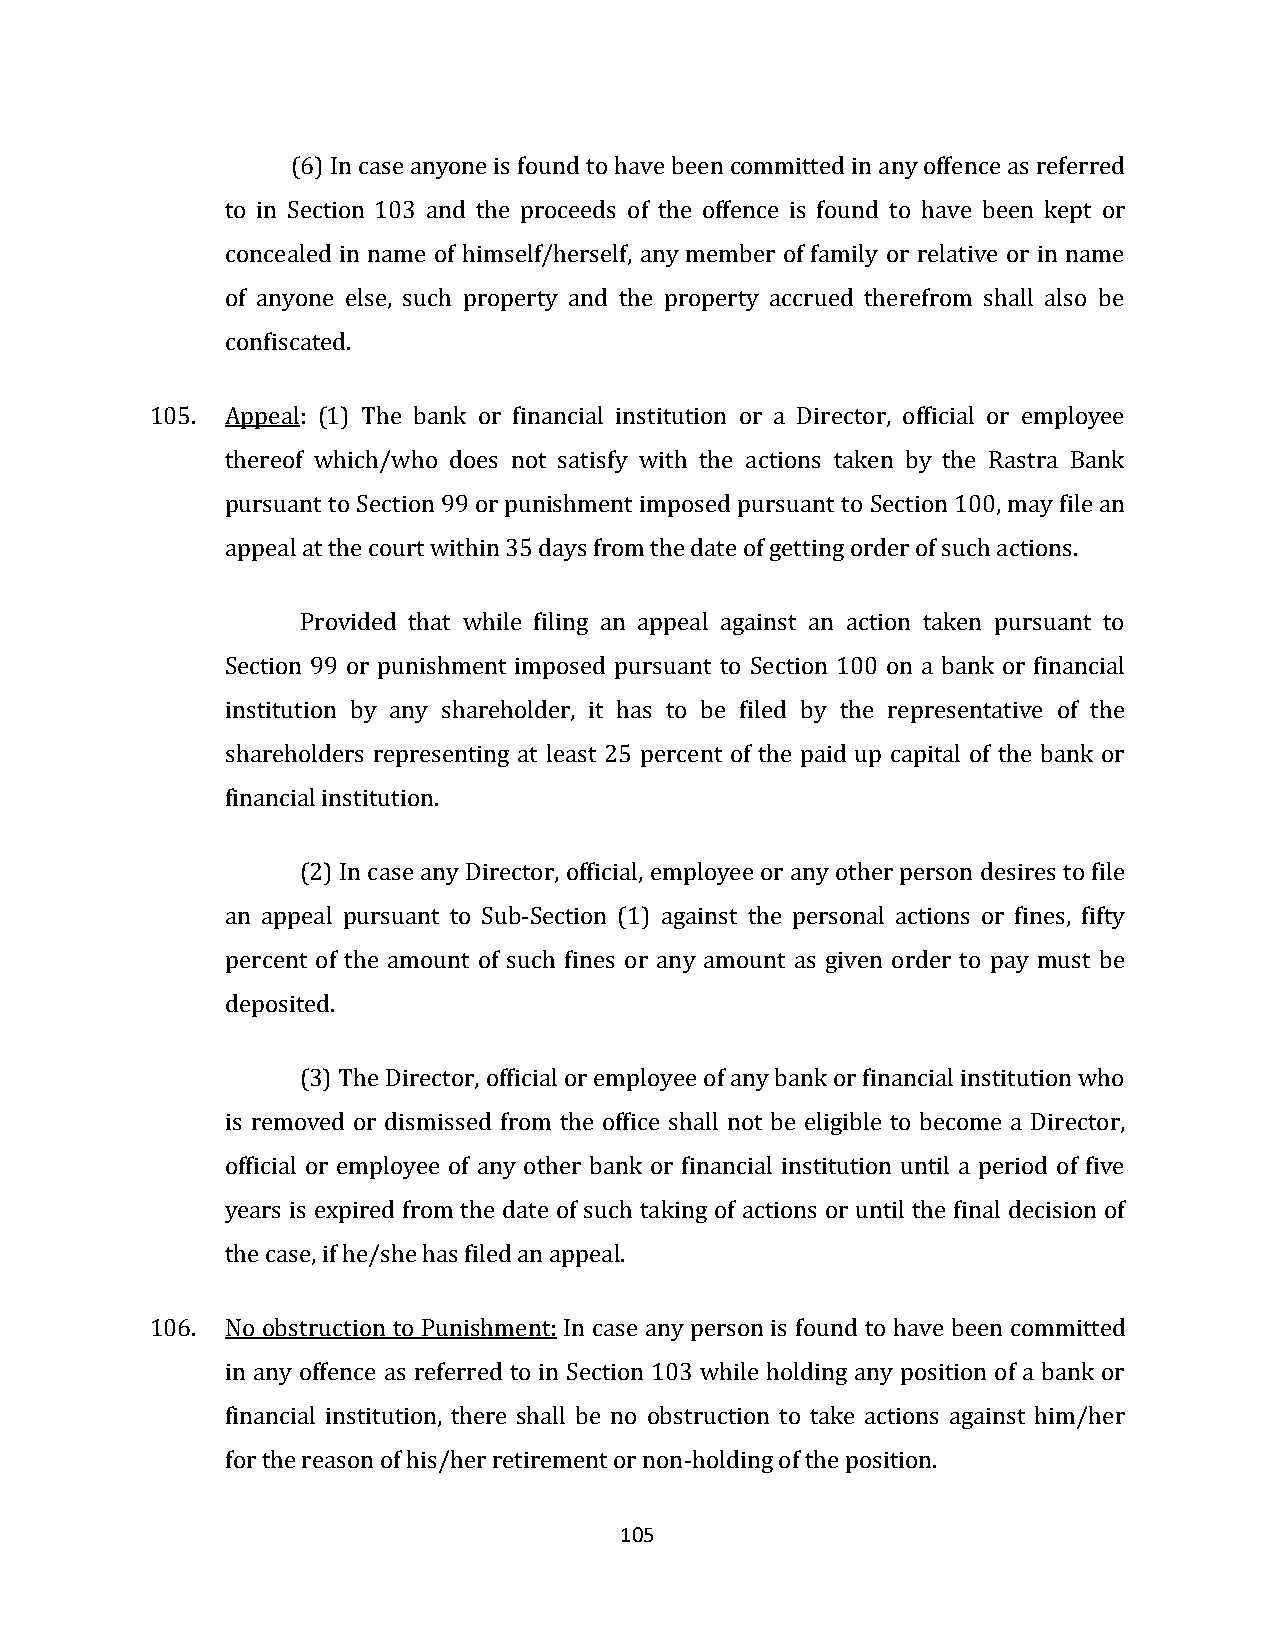
(6) In case anyone is found to have been committed in any offence as referred
 to in Section 103 and the proceeds of the offence is found to have been kept or
 concealed in name of himself/herself, any member of family or relative or in name
 of anyone else, such property and the property accrued therefrom shall also be
 confiscated.
 105. Appeal: (1) The bank or financial institution or a Director, official or employee
 thereof which/who does not satisfy with the actions taken by the Rastra Bank
 pursuant to Section 99 or punishment imposed pursuant to Section 100, may file an
 appeal at the court within 35 days from the date of getting order of such actions.
 Provided that while filing an appeal against an action taken pursuant to
 Section 99 or punishment imposed pursuant to Section 100 on a bank or financial
 institution by any shareholder, it has to be filed by the representative of the
 shareholders representing at least 25 percent of the paid up capital of the bank or
 financial institution.
 (2) In case any Director, official, employee or any other person desires to file
 an appeal pursuant to Sub-Section (1) against the personal actions or fines, fifty
 percent of the amount of such fines or any amount as given order to pay must be
 deposited.
 (3) The Director, official or employee of any bank or financial institution who
 is removed or dismissed from the office shall not be eligible to become a Director,
 official or employee of any other bank or financial institution until a period of five
 years is expired from the date of such taking of actions or until the final decision of
 the case, if he/she has filed an appeal.
 106. No obstruction to Punishment: In case any person is found to have been committed
 in any offence as referred to in Section 103 while holding any position of a bank or
 financial institution, there shall be no obstruction to take actions against him/her
 for the reason of his/her retirement or non-holding of the position.
 105